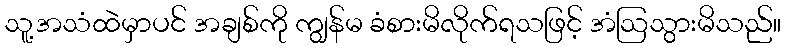
သူ့အသံထဲမှာပင် အချစ်ကို ကျွန်မ ခံစားမိလိုက်ရသဖြင့် အံဩသွားမိသည်။